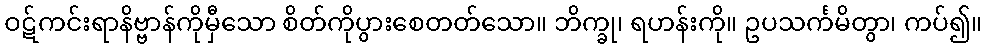
ဝဋ်ကင်းရာနိဗ္ဗာန်ကိုမှီသော စိတ်ကိုပွားစေတတ်သော။ ဘိက္ခု၊ ရဟန်းကို။ ဥပသင်္ကမိတွာ၊ ကပ်၍။